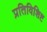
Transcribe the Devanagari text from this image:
प्रतिविशिष्ट